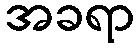
အခရာ